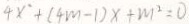
4 x ^ { \circ } + ( 4 m - 1 ) x + m ^ { 2 } = 0